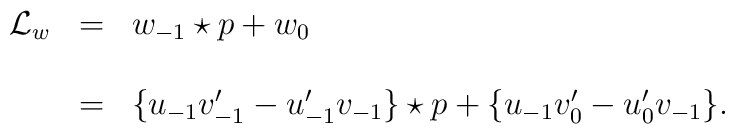
\begin{array}{lcl}{\mathcal L}_{w}&=& w_{-1}\star p+w_0\\\\&=& \{u_{-1}v'_{-1}-u'_{-1}v_{-1}\}\star p +\{u_{-1}v'_{0}-u'_{0}v_{-1}\}.\end{array}